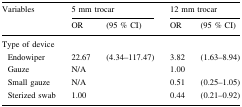
<table><thead><tr><td rowspan="2"><b>Variables</b></td><td colspan="2"><b>5 mm trocar</b></td><td colspan="2"><b>12 mm trocar</b></td></tr><tr><td><b>OR</b></td><td><b>(95 % CI)</b></td><td><b>OR</b></td><td><b>(95 % CI)</b></td></tr></thead><tbody><tr><td colspan="5">Type of device</td></tr><tr><td> Endowiper</td><td>22.67</td><td>(4.34–117.47)</td><td>3.82</td><td>(1.63–8.94)</td></tr><tr><td> Gauze</td><td>N/A</td><td></td><td>1.00</td><td></td></tr><tr><td> Small gauze</td><td>N/A</td><td></td><td>0.51</td><td>(0.25–1.05)</td></tr><tr><td> Sterized swab</td><td>1.00</td><td></td><td>0.44</td><td>(0.21–0.92)</td></tr></tbody></table>